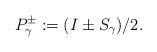
LaTeX: \begin{align*}P_\gamma^\pm:=(I\pm S_\gamma)/2.\end{align*}